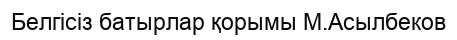
Белгісіз батырлар қорымы М.Асылбеков